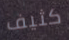
كثيف